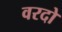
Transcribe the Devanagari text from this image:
वरदो